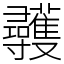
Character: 彠